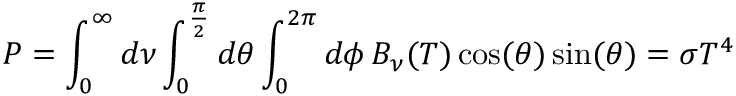
P = \int _ { 0 } ^ { \infty } d \nu \int _ { 0 } ^ { \frac { \pi } { 2 } } d \theta \int _ { 0 } ^ { 2 \pi } d \phi \, B _ { \nu } ( T ) \cos ( \theta ) \sin ( \theta ) = \sigma T ^ { 4 }